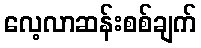
လေ့လာဆန်းစစ်ချက်